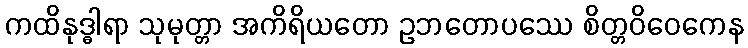
ကထိနုဒ္ဓါရာ သုမုတ္တာ အကိရိယတော ဥဘတောပဿေ စိတ္တဝိဝေကေန